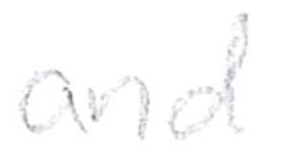
Text: and
Cross-out: clean
Writing tool: pencil